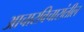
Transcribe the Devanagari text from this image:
आचारविचारांतील